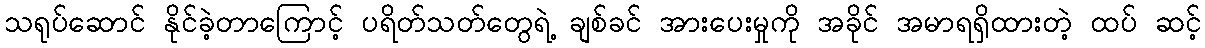
သရုပ်ဆောင် နိုင်ခဲ့တာကြောင့် ပရိတ်သတ်တွေရဲ့ ချစ်ခင် အားပေးမှုကို အခိုင် အမာရရှိထားတဲ့ ထပ် ဆင့်